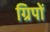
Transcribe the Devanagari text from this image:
ग्रिपों